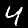
Digit: 4